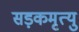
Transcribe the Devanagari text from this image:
सड़कमृत्यु